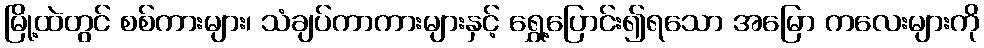
မြို့ထဲတွင် စစ်ကားများ၊ သံချပ်ကာကားများနှင့် ရွှေ့ပြောင်း၍ရသော အမြော ကလေးများကို